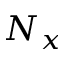
N _ { x }